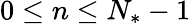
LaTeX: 0\leq n\leq N_{*}-1